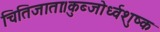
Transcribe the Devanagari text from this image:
चितिजाताः।कुब्जोर्ध्वशुष्क